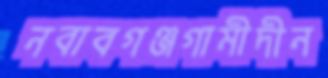
নবাবগঞ্জগামীদীন